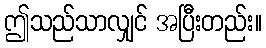
ဤသည်သာလျှင် အပြီးတည်း။